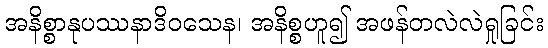
အနိစ္စာနုပဿနာဒိဝသေန၊ အနိစ္စဟူ၍ အဖန်တလဲလဲရှုခြင်း